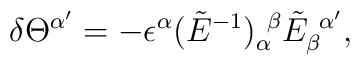
\delta\Theta^{\alpha^{\prime}}=-\epsilon^{\alpha}(\tilde{E}^{-1})^{\ \beta}_{\alpha}\tilde{E}^{\ \alpha^{\prime}}_{\beta},